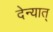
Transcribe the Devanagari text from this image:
देन्यात्